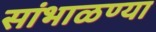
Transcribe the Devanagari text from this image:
सांभाळण्या